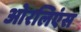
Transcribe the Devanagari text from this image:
ओरलिएंस